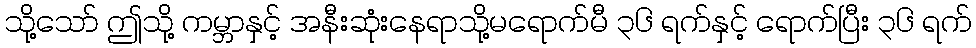
သို့သော် ဤသို့ ကမ္ဘာနှင့် အနီးဆုံးနေရာသို့မရောက်မီ ၃၆ ရက်နှင့် ရောက်ပြီး ၃၆ ရက်